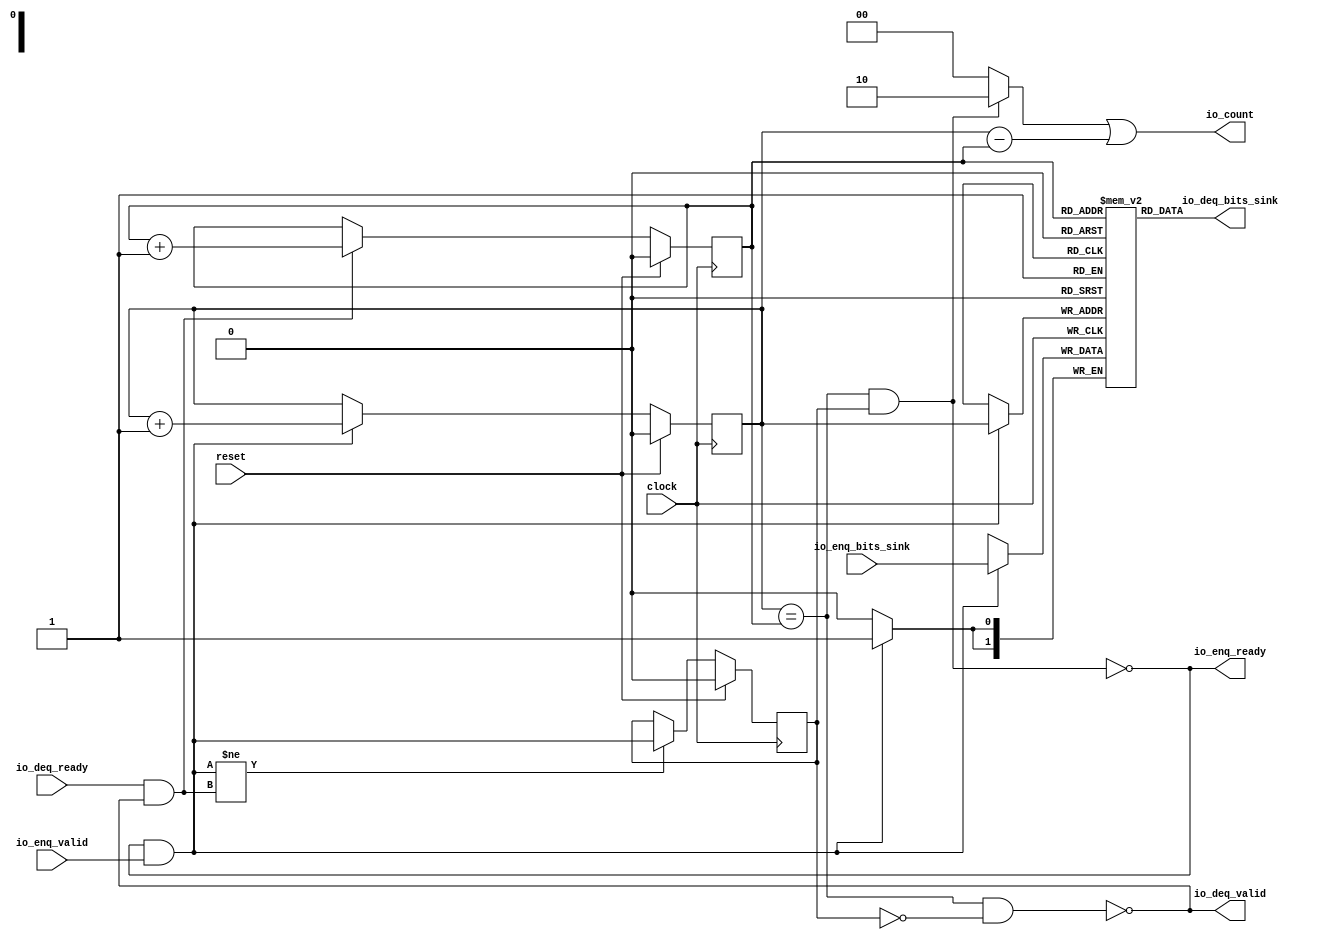
module Queue_29(
  input        clock,
  input        reset,
  output       io_enq_ready,
  input        io_enq_valid,
  input  [1:0] io_enq_bits_sink,
  input        io_deq_ready,
  output       io_deq_valid,
  output [1:0] io_deq_bits_sink,
  output [1:0] io_count
);
`ifdef RANDOMIZE_MEM_INIT
  reg [31:0] _RAND_0;
`endif // RANDOMIZE_MEM_INIT
`ifdef RANDOMIZE_REG_INIT
  reg [31:0] _RAND_1;
  reg [31:0] _RAND_2;
  reg [31:0] _RAND_3;
`endif // RANDOMIZE_REG_INIT
  reg [1:0] ram_sink [0:1]; // @[Decoupled.scala 218:16]
  wire [1:0] ram_sink_io_deq_bits_MPORT_data; // @[Decoupled.scala 218:16]
  wire  ram_sink_io_deq_bits_MPORT_addr; // @[Decoupled.scala 218:16]
  wire [1:0] ram_sink_MPORT_data; // @[Decoupled.scala 218:16]
  wire  ram_sink_MPORT_addr; // @[Decoupled.scala 218:16]
  wire  ram_sink_MPORT_mask; // @[Decoupled.scala 218:16]
  wire  ram_sink_MPORT_en; // @[Decoupled.scala 218:16]
  reg  value; // @[Counter.scala 60:40]
  reg  value_1; // @[Counter.scala 60:40]
  reg  maybe_full; // @[Decoupled.scala 221:27]
  wire  ptr_match = value == value_1; // @[Decoupled.scala 223:33]
  wire  empty = ptr_match & ~maybe_full; // @[Decoupled.scala 224:25]
  wire  full = ptr_match & maybe_full; // @[Decoupled.scala 225:24]
  wire  do_enq = io_enq_ready & io_enq_valid; // @[Decoupled.scala 40:37]
  wire  do_deq = io_deq_ready & io_deq_valid; // @[Decoupled.scala 40:37]
  wire  ptr_diff = value - value_1; // @[Decoupled.scala 257:32]
  wire [1:0] _io_count_T_1 = maybe_full & ptr_match ? 2'h2 : 2'h0; // @[Decoupled.scala 259:20]
  wire [1:0] _GEN_8 = {{1'd0}, ptr_diff}; // @[Decoupled.scala 259:62]
  assign ram_sink_io_deq_bits_MPORT_addr = value_1;
  assign ram_sink_io_deq_bits_MPORT_data = ram_sink[ram_sink_io_deq_bits_MPORT_addr]; // @[Decoupled.scala 218:16]
  assign ram_sink_MPORT_data = io_enq_bits_sink;
  assign ram_sink_MPORT_addr = value;
  assign ram_sink_MPORT_mask = 1'h1;
  assign ram_sink_MPORT_en = io_enq_ready & io_enq_valid;
  assign io_enq_ready = ~full; // @[Decoupled.scala 241:19]
  assign io_deq_valid = ~empty; // @[Decoupled.scala 240:19]
  assign io_deq_bits_sink = ram_sink_io_deq_bits_MPORT_data; // @[Decoupled.scala 242:15]
  assign io_count = _io_count_T_1 | _GEN_8; // @[Decoupled.scala 259:62]
  always @(posedge clock) begin
    if(ram_sink_MPORT_en & ram_sink_MPORT_mask) begin
      ram_sink[ram_sink_MPORT_addr] <= ram_sink_MPORT_data; // @[Decoupled.scala 218:16]
    end
    if (reset) begin // @[Counter.scala 60:40]
      value <= 1'h0; // @[Counter.scala 60:40]
    end else if (do_enq) begin // @[Decoupled.scala 229:17]
      value <= value + 1'h1; // @[Counter.scala 76:15]
    end
    if (reset) begin // @[Counter.scala 60:40]
      value_1 <= 1'h0; // @[Counter.scala 60:40]
    end else if (do_deq) begin // @[Decoupled.scala 233:17]
      value_1 <= value_1 + 1'h1; // @[Counter.scala 76:15]
    end
    if (reset) begin // @[Decoupled.scala 221:27]
      maybe_full <= 1'h0; // @[Decoupled.scala 221:27]
    end else if (do_enq != do_deq) begin // @[Decoupled.scala 236:28]
      maybe_full <= do_enq; // @[Decoupled.scala 237:16]
    end
  end
// Register and memory initialization
`ifdef RANDOMIZE_GARBAGE_ASSIGN
`define RANDOMIZE
`endif
`ifdef RANDOMIZE_INVALID_ASSIGN
`define RANDOMIZE
`endif
`ifdef RANDOMIZE_REG_INIT
`define RANDOMIZE
`endif
`ifdef RANDOMIZE_MEM_INIT
`define RANDOMIZE
`endif
`ifndef RANDOM
`define RANDOM $random
`endif
`ifdef RANDOMIZE_MEM_INIT
  integer initvar;
`endif
`ifndef SYNTHESIS
`ifdef FIRRTL_BEFORE_INITIAL
`FIRRTL_BEFORE_INITIAL
`endif
initial begin
  `ifdef RANDOMIZE
    `ifdef INIT_RANDOM
      `INIT_RANDOM
    `endif
    `ifndef VERILATOR
      `ifdef RANDOMIZE_DELAY
        #`RANDOMIZE_DELAY begin end
      `else
        #0.002 begin end
      `endif
    `endif
`ifdef RANDOMIZE_MEM_INIT
  _RAND_0 = {1{`RANDOM}};
  for (initvar = 0; initvar < 2; initvar = initvar+1)
    ram_sink[initvar] = _RAND_0[1:0];
`endif // RANDOMIZE_MEM_INIT
`ifdef RANDOMIZE_REG_INIT
  _RAND_1 = {1{`RANDOM}};
  value = _RAND_1[0:0];
  _RAND_2 = {1{`RANDOM}};
  value_1 = _RAND_2[0:0];
  _RAND_3 = {1{`RANDOM}};
  maybe_full = _RAND_3[0:0];
`endif // RANDOMIZE_REG_INIT
  `endif // RANDOMIZE
end // initial
`ifdef FIRRTL_AFTER_INITIAL
`FIRRTL_AFTER_INITIAL
`endif
`endif // SYNTHESIS
endmodule